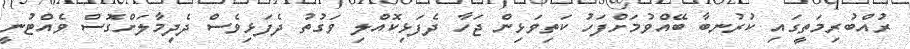
ރުއްބުރިމަތީގައި ކުރުނބާ ބޭއްވުމަށްފަހު ކަތިވަޅިން ޖަހާ ދެފަޅިކޮއްލި ވަގުތު ދެފަޅިވެސް ދެދިމާލަށްގޮސް ވެއްޓުނީ